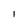
Character: 1